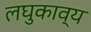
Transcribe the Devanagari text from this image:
लघुकाव्य